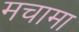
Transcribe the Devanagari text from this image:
मचामा